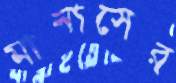
মানাসের